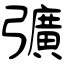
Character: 彍